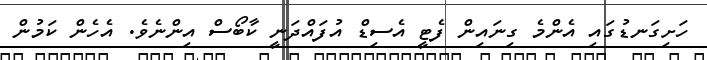
ހަށިގަނޑުގައި އެންމެ ގިނައިން ފެޓީ އެސިޑް އުފައްދަނީ ކާބޯސް އިންނެވެ. އެހެން ކަމުން